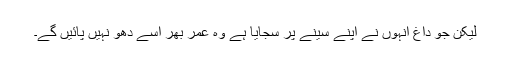
لیکن جو داغ انہوں نے اپنے سینے پر سجایا ہے وہ عمر بھر اسے دھو نہیں پائیں گے۔